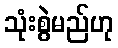
သုံးစွဲမည်ဟု